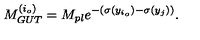
M _ { G U T } ^ { ( i _ { o } ) } = M _ { p l } e ^ { - ( \sigma ( y _ { i _ { o } } ) - \sigma ( y _ { j } ) ) } . \,